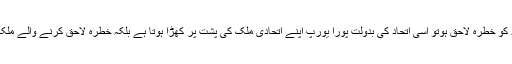
کسی بھی جگہ یورپ یاامریکہ کو خطرہ لاحق ہوتو اسی اتحاد کی بدولت پورا یورپ اپنے اتحادی ملک کی پشت پر کھڑا ہوتا ہے بلکہ خطرہ لاحق کرنے والے ملک پر حملہ بھی کردیا جاتا ہے ۔